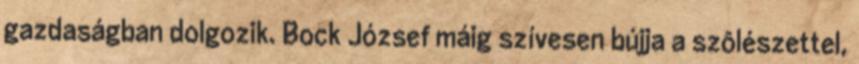
gazdaságban dolgozik. Bock József máig szívesen bújja a szôlészettel,